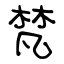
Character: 梵